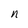
Character: n